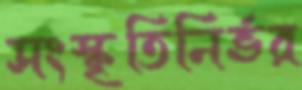
সংস্কৃতিনির্ভর